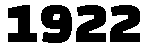
1922